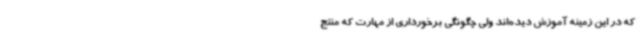
که در این زمینه آموزش دیده‌اند ولی چگونگی برخورداری از مهارت که منتج